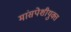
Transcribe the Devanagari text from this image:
मांसपेशीयुक्त